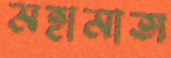
মহামাত্য